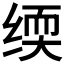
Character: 𬘰